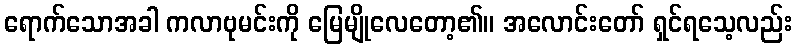
ရောက်သောအခါ ကလာဗုမင်းကို မြေမျိုလေတော့၏။ အလောင်းတော် ရှင်ရသေ့လည်း